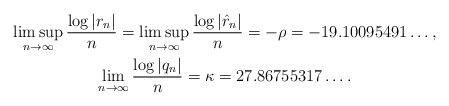
\begin{gather*}\limsup_{n\to\infty}\frac{\log|r_n|}{n}=\limsup_{n\to\infty}\frac{\log|\hat{r}_n|}{n}=-\rho=-19.10095491\hdots,\\\lim_{n\to\infty}\frac{\log|q_n|}{n}=\kappa=27.86755317\hdots.\end{gather*}